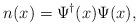
LaTeX: \begin{align*}n(x)=\Psi^{\dagger}(x)\Psi(x),\end{align*}